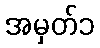
အမှတ်၁